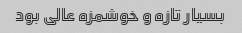
بسیار تازه و خوشمزه عالی بود